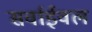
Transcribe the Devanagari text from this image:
सर्वाईवल